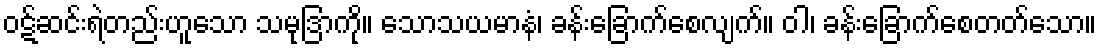
ဝဋ်ဆင်းရဲတည်းဟူသော သမုဒြာကို။ သောသယမာနံ၊ ခန်းခြောက်စေလျက်။ ဝါ၊ ခန်းခြောက်စေတတ်သော။